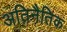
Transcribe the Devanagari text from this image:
अतिनैतिक